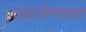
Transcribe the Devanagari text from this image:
आइजेनहाबर